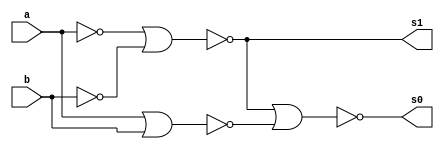
// ---------------------
// Nome: Silvino Henrique Santos de Souza
// ---------------------

// ---------------------
// -- meia soma
// ---------------------

module meiasoma (s0, s1, a, b);
 output s0, s1;
 input  a, b;
 wire s2,s3,s4;
 
 nor norgate1 (s2, a, a);
 nor norgate2 (s3, b, b);
 nor norgate3 (s1, s2, s3);
 nor norgate4 (s4, a, b); 
 nor norgate5 (s0, s1, s4);
 
endmodule // meia soma

// --------------------------
// -- teste meia soma nor
// --------------------------

module testmeiasoma;
 reg   a, b;             
 wire  s0, s1;
          // instancia
 meiasoma MEIASOMA1 (s0, s1, a, b);

 initial begin:start
      a=0; b=0;
 end

          // parte principal
 initial begin:main
      $display("Guia 03_04 - Silvino Henrique Santos de Souza - 412773");
      $display("Test Meia Soma NOR gate");
      $display("\n a & b = s0 s1\n");
      $monitor(" %b & %b = %b %b", a, b, s0, s1);
  #1  a=0; b=1; 
  #1  a=1; b=0; 
  #1  a=1; b=1; 
  
 end

endmodule // testmeiasoma

/*Guia 03_04 - Silvino Henrique Santos de Souza - 412773
    Test Meia Soma NOR gate
    
     a & b = s0 s1
    
     0 & 0 = 0 0
     0 & 1 = 1 0
     1 & 0 = 1 0
     1 & 1 = 0 1*/